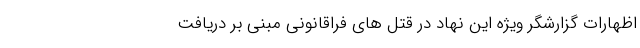
اظهارات گزارشگر ویژه این نهاد در قتل های فراقانونی مبنی بر دریافت